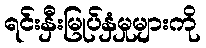
ရင်းနှီးမြုပ်နှံမှုများကို